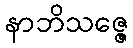
နာဘိသဇ္ဇေ